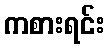
ကစားရင်း